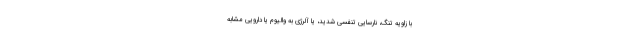
با زاویه تنگ، نارسایی تنفسی شدید، یا آلرژی به والیوم یا دارویی مشابه